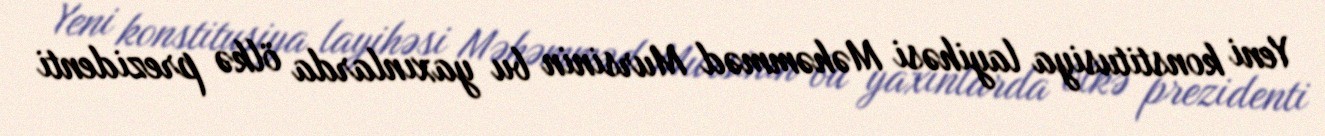
Yeni konstitusiya layihəsi Məhəmməd Mursinin bu yaxınlarda ölkə prezidenti